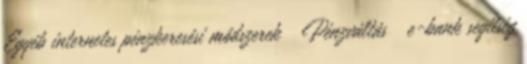
Egyéb internetes pénzkeresési módszerek ↳ Pénzváltás ↳ e-bank segítség